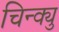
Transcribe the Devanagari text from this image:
चिन्क्यु